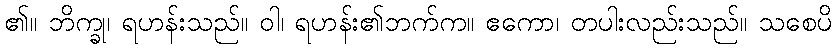
၏။ ဘိက္ခု၊ ရဟန်းသည်။ ဝါ၊ ရဟန်း၏ဘက်က။ ဧကော၊ တပါးလည်းသည်။ သစေပိ